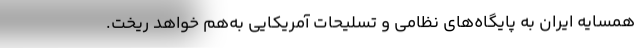
همسایه ایران به پایگاه‌های نظامی و تسلیحات آمریکایی به‌هم خواهد ریخت.